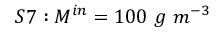
S 7 : M ^ { i n } = 1 0 0 \ g \ m ^ { - 3 }